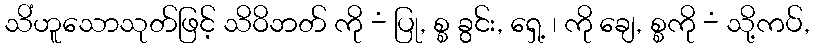
သိံဟူသောသုတ်ဖြင့် သိဝိဘတ် ကို -ံ ပြု, စ္စ ခွင်း, ရှေ့ ၊ ကို ချေ, စ္စကို -ံ သို့ကပ်,